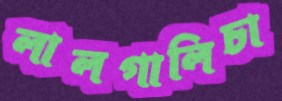
লালগালিচা